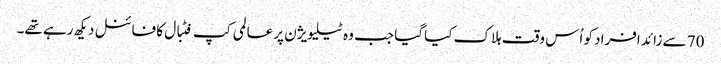
70 سے زائد افراد کو اُس وقت ہلاک کیا گیا جب وہ ٹیلیویژن پر عالمی کپ فٹبال کا فائنل دیکھ رہے تھے۔